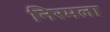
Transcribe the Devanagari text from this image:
निरमला